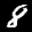
Label: 8